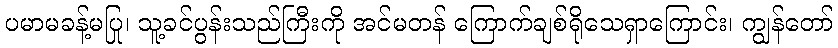
ပမာမခန့်မပြု၊ သူ့ခင်ပွန်းသည်ကြီးကို အင်မတန် ကြောက်ချစ်ရိုသေရှာကြောင်း၊ ကျွန်တော်